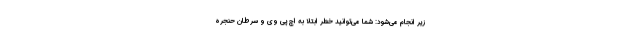
زیر انجام می­شود: شما می‌توانید خطر ابتلا به اچ پی وی و سرطان حنجره